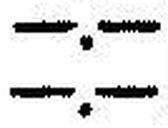
—.—